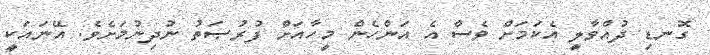
ގޮނޑި ދުއްވާލީ އެކަމަށް ވެސް އެ އަންހެން މީހާއަށް ފުރުޞަތު ނުދިނުމަށެވެ. އޭނައަކީ